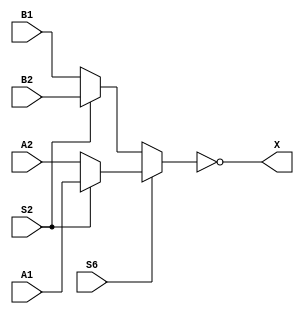
// Fujitsu AV cell
// 4:1 Selector
// furrtek 2022

`timescale 1ns/100ps

// Terminals and polarities checked ok
// S4 ignored because it's always connected to S1 (~S2) ?
// See fujitsu_av_cells.svg for cell trace

// S6,S2  |  ~X
//  00    |  B1
//  01    |  B2
//  10    |  A2
//  11    |  A1

module T5A(
	input A1, A2,
	input B1, B2,
	input S2, S6,
	output X
);

wire mux_A = S2 ? A1 : A2;
wire mux_B = S2 ? B2 : B1;
assign X   = ~(S6 ? mux_A : mux_B);	// tmax = 3.3ns

endmodule